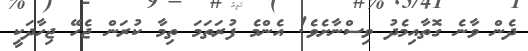
ދެން ވާނެ ގޮތާއިމެދު ވިސްނާށެވެ! އެންމެ ފުރަތަމަ ތިމާ ކުރަން ޖެހޭ ޖިހާދަކީ